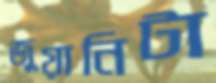
জুয়ানিটা